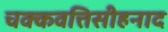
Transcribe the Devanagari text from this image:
चक्कवत्तिसीहनाद